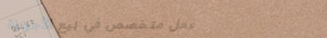
محل متخصص في بيع الأجهزة